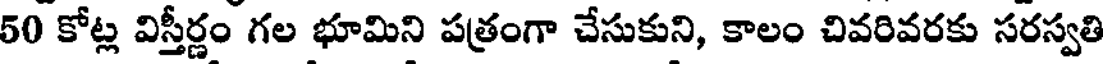
50 కోట్ల విస్తీర్ణం గల భూమిని పత్రంగా చేసుకుని, కాలం చివరివరకు సరస్వతి